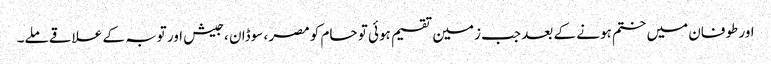
اور طوفان میں ختم ہونے کے بعد جب زمین تقسیم ہوئی تو حام کو مصر ، سوڈان ، جیش اور توبہ کے علاقے ملے۔